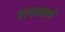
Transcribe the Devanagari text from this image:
प्राणात्मने